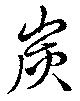
炭